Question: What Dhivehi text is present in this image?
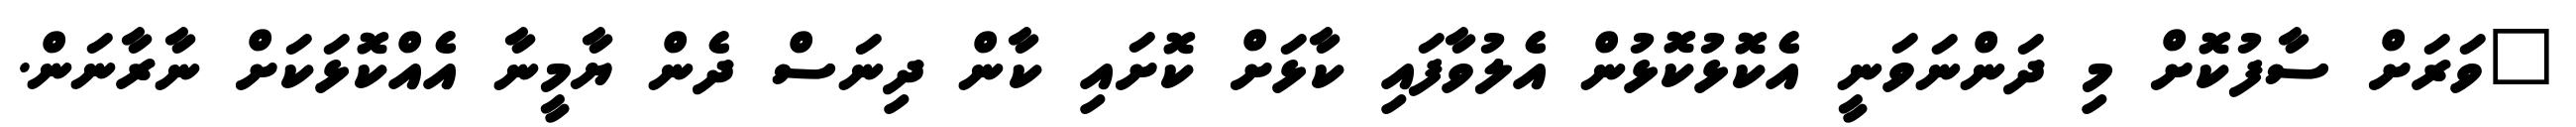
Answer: "ވަރަށް ސާފުކޮށް މި ދަންނަވަނީ އެކޮޅުކޮޅުން އެލުވާފައި ކާޅަށް ކޮށައި ކާން ދިނަސް ދެން ޔާމީނާ އެއްކޮޅަކަށް ނާރާނަން.